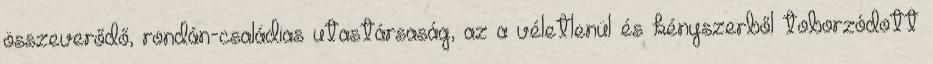
összeverődő, rondán-családias utastársaság, az a véletlenül és kényszerből toborzódott